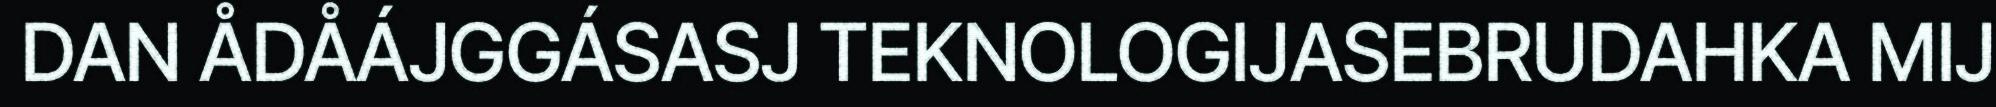
DAN ÅDÅÁJGGÁSASJ TEKNOLOGIJASEBRUDAHKA MIJ